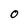
Character: O